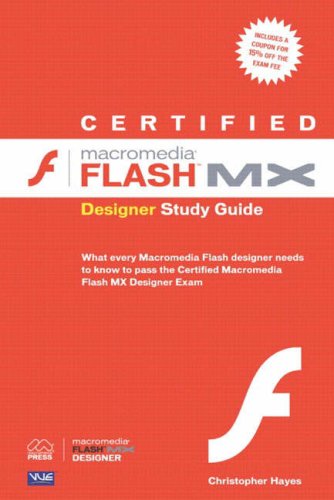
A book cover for Certified Macromedia Flash MX Designer Study Guide; Christopher Hayes; Computers & Technology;